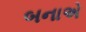
બનાએ